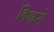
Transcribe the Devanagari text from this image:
विक्षरो